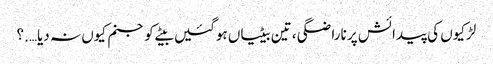
لڑکیوں کی پیدائش پر ناراضگی ، تین بیٹیاں ہوگئیں بیٹے کو جنم کیوں نہ دیا….؟